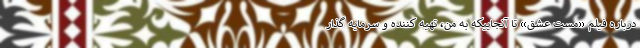
درباره فیلم «مست عشق» تا آنجاییکه به من، تهیه کننده و سرمایه گذار